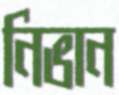
নিভান